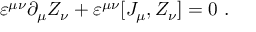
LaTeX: \varepsilon ^ { \mu \nu } \partial _ { \mu } Z _ { \nu } + \varepsilon ^ { \mu \nu } [ J _ { \mu } , Z _ { \nu } ] = 0 ~ .